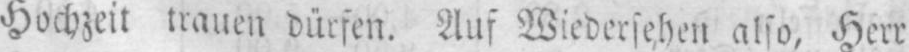
Hochzeit trauen dürfen. Auf Wiedersehen also, Herr